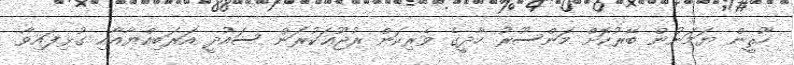
ހޫޘީން ޔަމަނުން ބޭރުކޮށް މަންސޫރު ހާދީގެ ވެރިކަން ރުޖޫޢަކުރަން ސައުދީ އަރަބިއްޔާއާއި ގުޅިފައިވާ